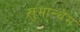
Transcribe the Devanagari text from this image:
खुमान्थेम